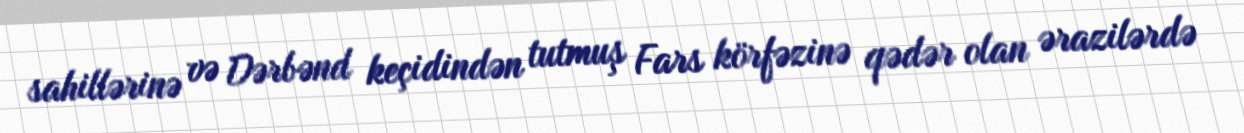
sahillərinə və Dərbənd keçidindən tutmuş Fars körfəzinə qədər olan ərazilərdə